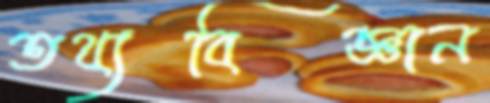
তথ্যবিজ্ঞান